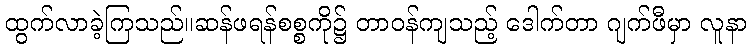
ထွက်လာခဲ့ကြသည်။ဆန်ဖရန်စစ္စကို၌ တာဝန်ကျသည့် ဒေါက်တာ ဂျက်ဖီမှာ လူနာ